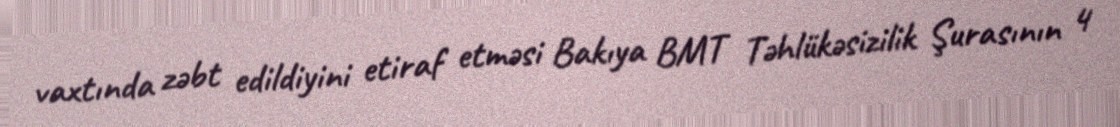
vaxtında zəbt edildiyini etiraf etməsi Bakıya BMT Təhlükəsizilik Şurasının 4